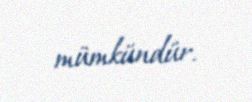
mümkündür.